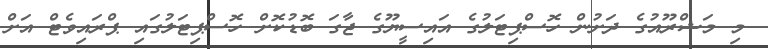
މި މަޝްރޫއުގެ ދަށުން ހޮސްޕިޓަލުގެ އައިސީޔޫގެ ޖާގަ ބޮޑުކޮށް ހޮސްޕިޓަލުގައި ޕްރައިވެޓް އަށް